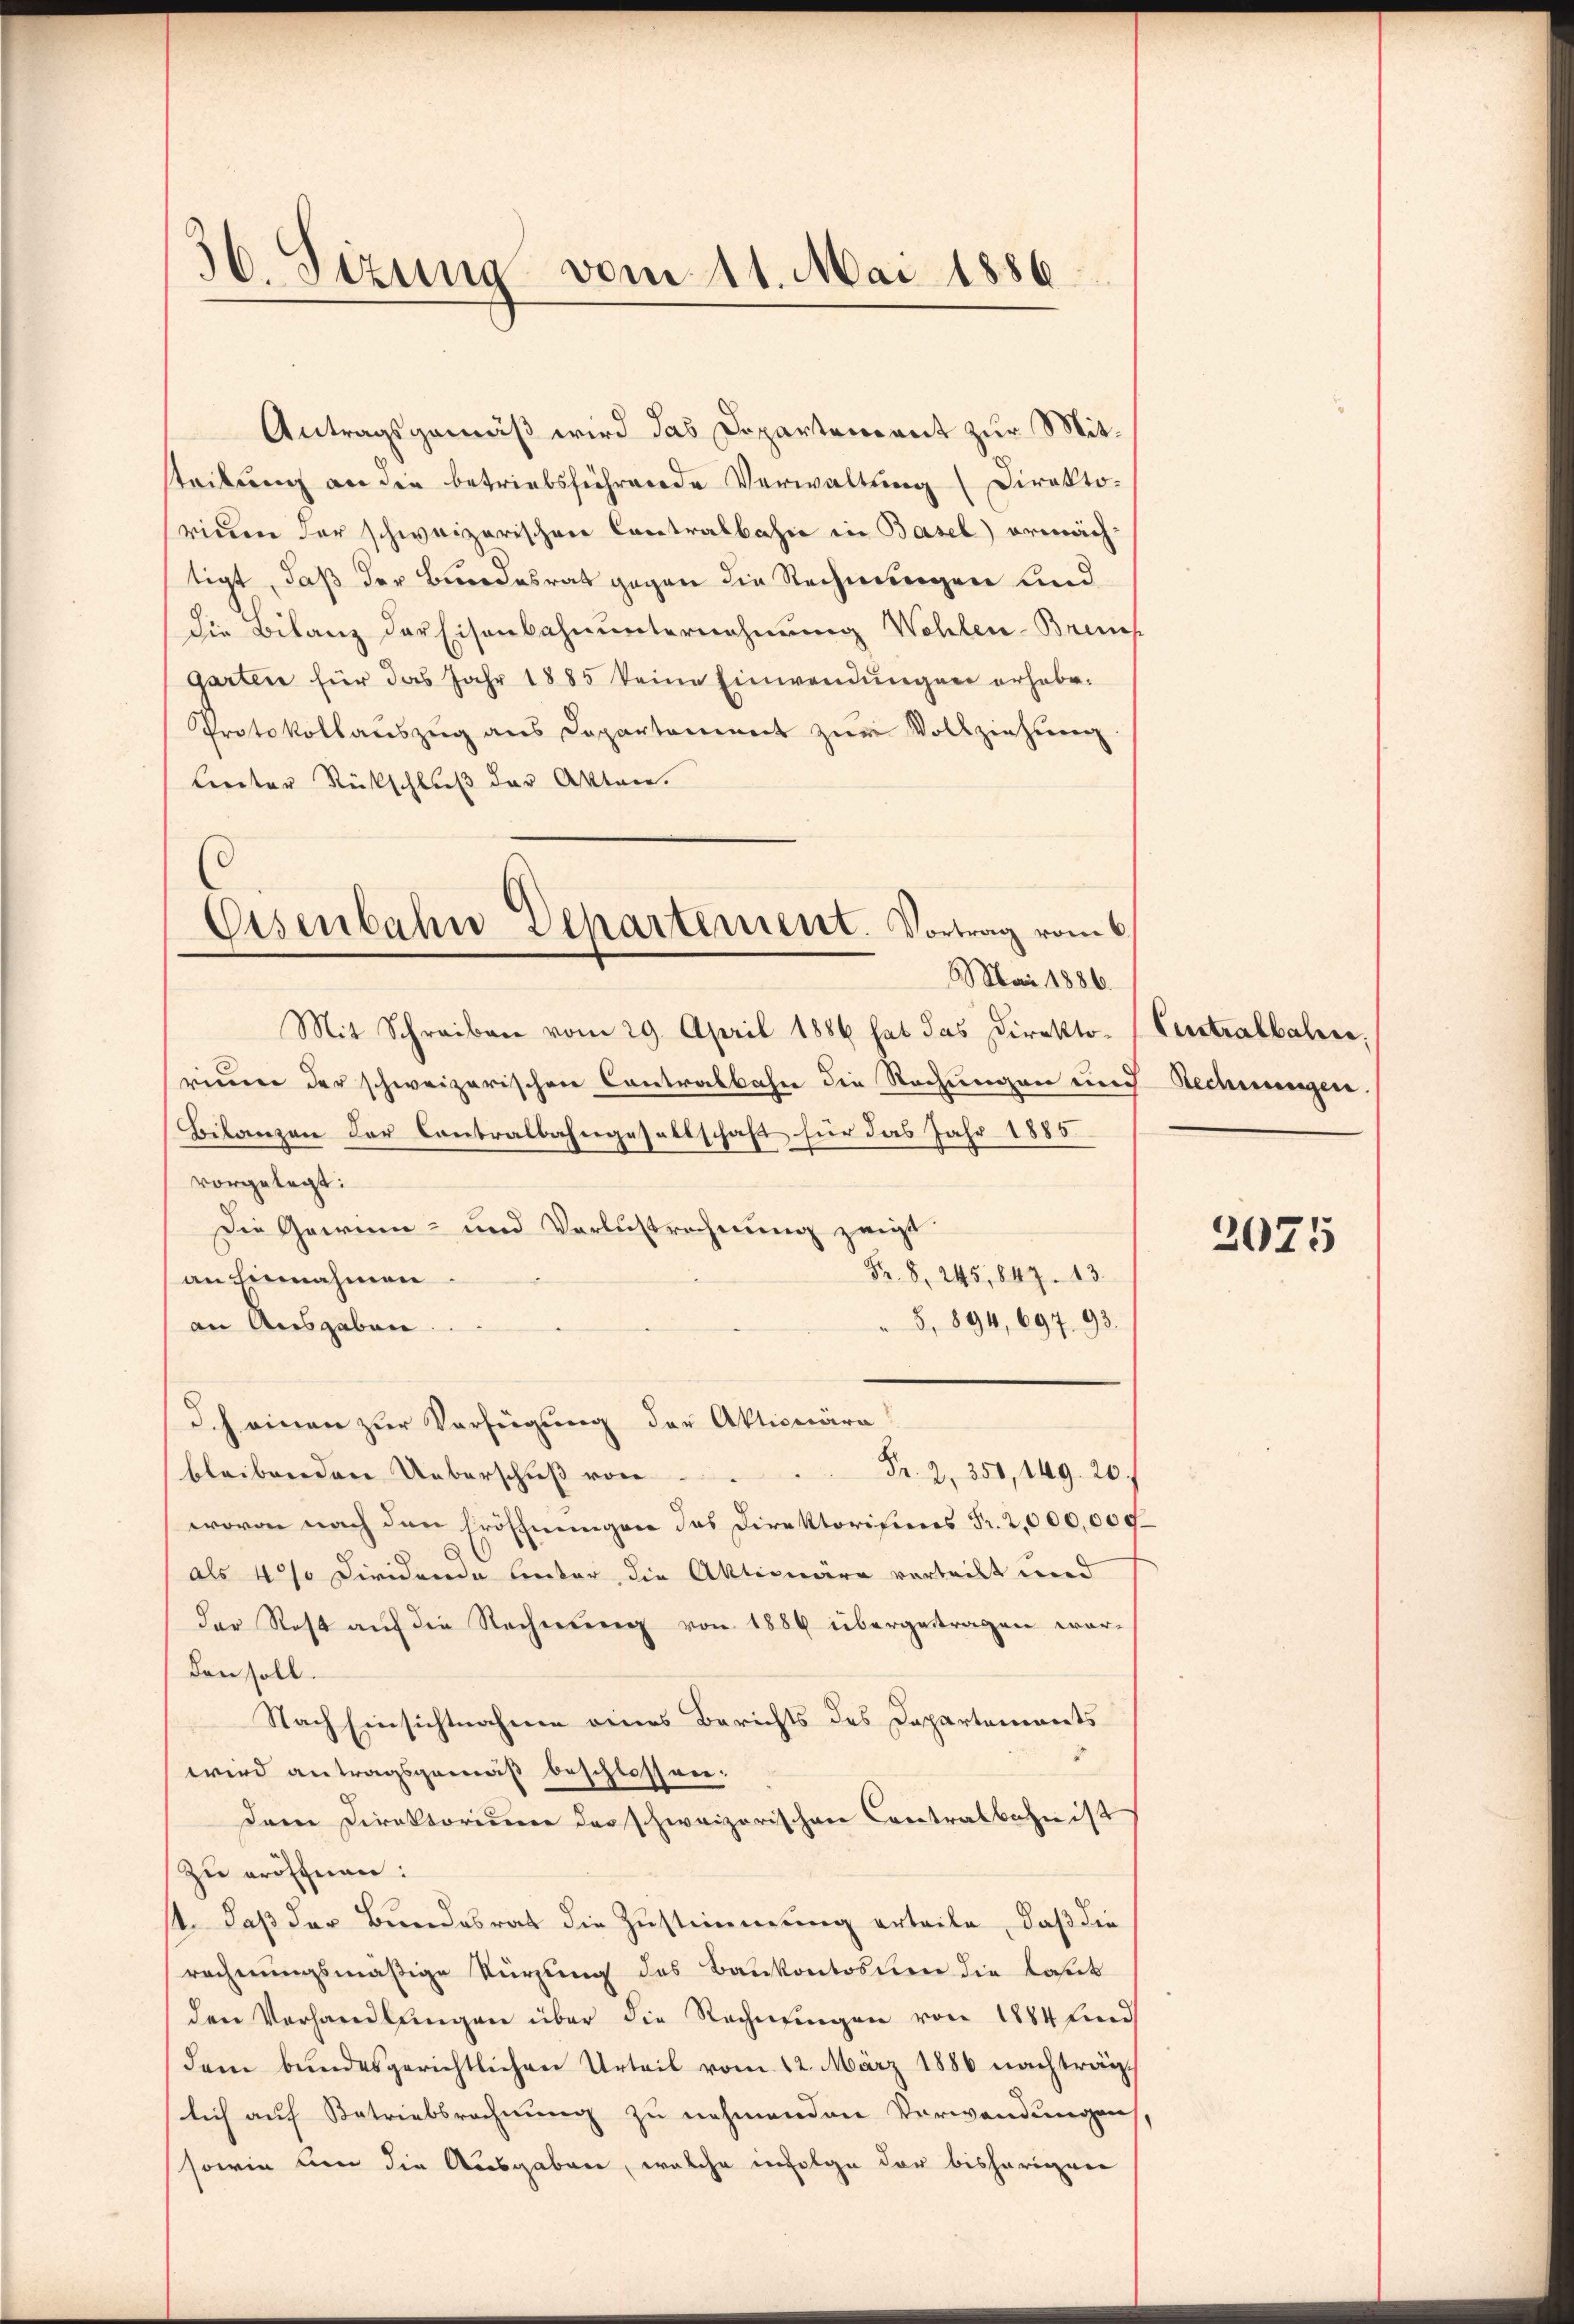
¬
30. Sizung vom 11. Mai 1886

Eisenbahn Departement. Vortrag vom 6.
Mai 1886.

Antragsgemäß wird das Departement zur Mitsteilung an die betriebsführende Verwaltung (Direktorinen der schweizerischen Contralbahn in Basel) ermäch-
tigt, daß der Bundesrat gegen die Rechnungen und
die Bilanz der Eisenbahnunternehmung Wohlen-Brief
garten für das Jahr 1885 keine Einwendŭngen erhabe.
Protokollaŭszŭg ans Departement zŭr Vollziehung.
Lector Rückschluß der Akten.
Mit Schreiben vom 29. April 1886 hat das Direktorinne der schweizerischen Contralbahn die Rechungen und Rechnungen.
Bilanzen der Contralbahngesellschaft für das Jahr 1885.
vorgelegt:
Die Gawinn- und Verlustrechnung zeigt
Fr. 8. 245,847. 13.
an Einnahmen
" 5, 894, 697. 93.
an Ausgaben.
Ich einen zur Verfügung der Aktionäre
Fr. 2. 351, 149. 20
bleibenden Ueberschuß von
wovon nach den Eröffnungen des Direktorisions Fr. 2,000,000.
als 4% Dividende lieber, die Aktionäre verteilt und
der Rest aŭf die Rechnŭng von 1886 übergetragen worden soll.
Nach Einsichtnahme eines Berichts des Departements
wird antragsgemäß beschlossen:
dem Direktorium das schweizerischen Contralbahn ist
Zu eröfnen:
st. Daß der Bundesrat die Zustimmung erteile, daß die
rechnungsmäßige Kürzung des Bankontoblen die laut
den Verhandlŭngen über die Rechnŭngen von 1884 und
dem bundesgerichtlichen Urteil vom 12. März 1886 nachträglich auf Retriebsrechnung zu nehmenden Verwendungen,
sowie um die Ausgaben, welche infolge der bisherigen

Cutralbalen.

2075